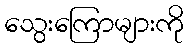
သွေးကြောများကို